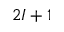
2 I + 1